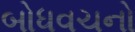
બોધવચનો